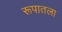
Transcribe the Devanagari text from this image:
रूपातला